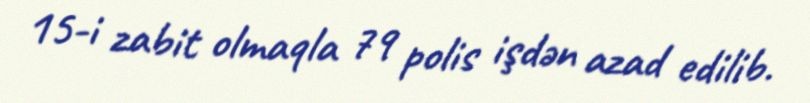
15-i zabit olmaqla 79 polis işdən azad edilib.